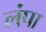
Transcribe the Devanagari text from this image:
लंपा